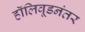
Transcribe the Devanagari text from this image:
हॉलिवूडनंतर